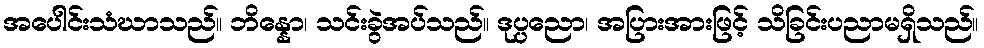
အပေါင်းသံဃာသည်။ ဘိန္နော၊ သင်းခွဲအပ်သည်။ ဒုပ္ပညော၊ အပြားအားဖြင့် သိခြင်းပညာမရှိသည်။